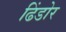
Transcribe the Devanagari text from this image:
ढिंडोर